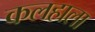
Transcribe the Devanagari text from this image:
कलहाला